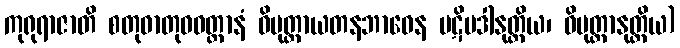
ကုရုရာဇာတိ စတုဓာတုဝဝတ္ထာနံ ဝိမုတ္တာယတနဘာဝေန ပဋိပဒါနုတ္တိယ၊ ဝိမုတ္တာနုတ္တိယ)